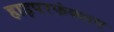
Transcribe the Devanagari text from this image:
हाइपरफंक्शन